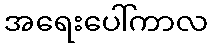
အရေးပေါ်ကာလ